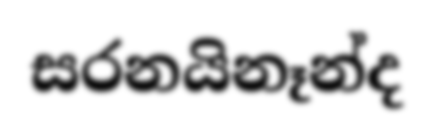
සරනයිනෑන්ද